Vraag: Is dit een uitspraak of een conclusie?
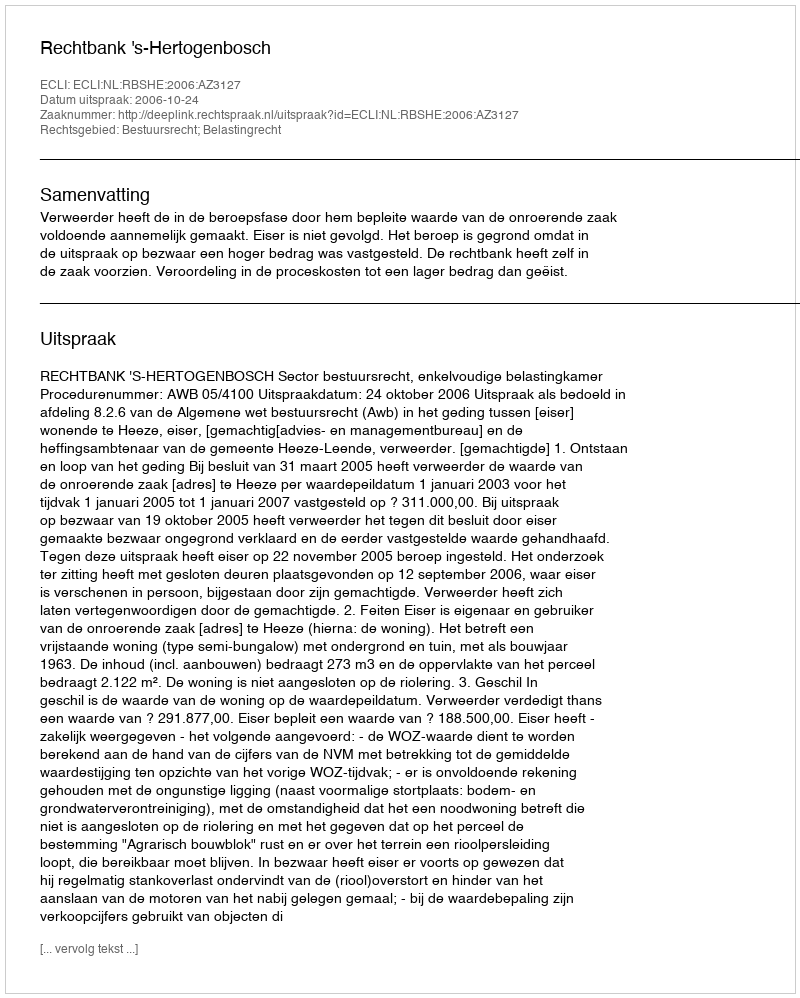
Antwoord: Uitspraak